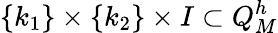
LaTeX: \{ k_{1}\} \times\{ k_{2}\} \times I\subset Q_{M}^{h}